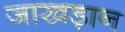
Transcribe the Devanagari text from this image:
जाखड़ान